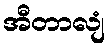
အီတာလျံ